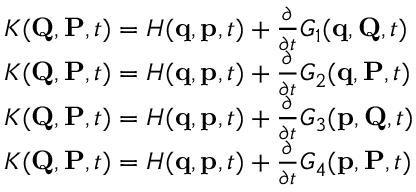
{ \begin{array} { r l } & { K ( \mathbf { Q } , \mathbf { P } , t ) = H ( \mathbf { q } , \mathbf { p } , t ) + { \frac { \partial } { \partial t } } G _ { 1 } ( \mathbf { q } , \mathbf { Q } , t ) } \\ & { K ( \mathbf { Q } , \mathbf { P } , t ) = H ( \mathbf { q } , \mathbf { p } , t ) + { \frac { \partial } { \partial t } } G _ { 2 } ( \mathbf { q } , \mathbf { P } , t ) } \\ & { K ( \mathbf { Q } , \mathbf { P } , t ) = H ( \mathbf { q } , \mathbf { p } , t ) + { \frac { \partial } { \partial t } } G _ { 3 } ( \mathbf { p } , \mathbf { Q } , t ) } \\ & { K ( \mathbf { Q } , \mathbf { P } , t ) = H ( \mathbf { q } , \mathbf { p } , t ) + { \frac { \partial } { \partial t } } G _ { 4 } ( \mathbf { p } , \mathbf { P } , t ) } \end{array} }